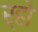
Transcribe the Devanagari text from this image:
र्‍हो